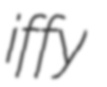
iffy